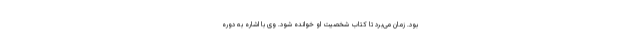
بود. زمان می‌برد تا کتاب شخصیت او خوانده شود. وی با اشاره به دوره